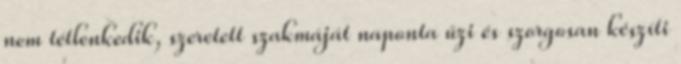
nem tét­len­ke­dik, sze­re­tett szak­má­ját na­ponta űzi és szor­go­san ké­szíti